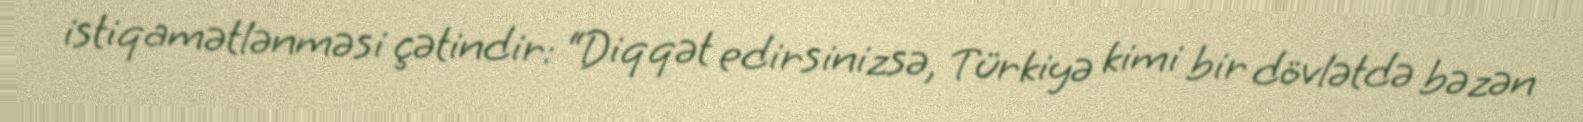
istiqamətlənməsi çətindir: “Diqqət edirsinizsə, Türkiyə kimi bir dövlətdə bəzən